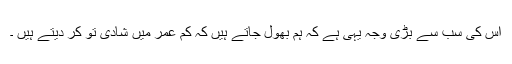
اس کی سب سے بڑی وجہ یہی ہے کہ ہم بھول جاتے ہیں کہ کم عمر میں شادی تو کر دیتے ہیں ۔